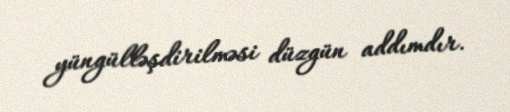
yüngülləşdirilməsi düzgün addımdır.